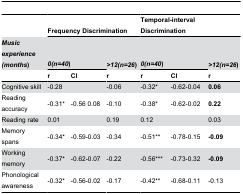
<table><thead><tr><td></td><td colspan="3"><b>Frequency Discrimination</b></td><td colspan="3"><b>Temporal-interval Discrimination</b></td></tr><tr><td><b><i>Music experience (months</i>)</b></td><td colspan="2"><b><i>0(n=40</i>)</b></td><td><b><i>&gt;12(n=26</i>)</b></td><td colspan="2"><b><i>0(n=40</i>)</b></td><td><b><i>&gt;12(n=26</i>)</b></td></tr><tr><td></td><td><b>r</b></td><td><b>CI</b></td><td><b>r</b></td><td><b>r</b></td><td><b>CI</b></td><td><b>r</b></td></tr></thead><tbody><tr><td>Cognitive skill</td><td>-0.28</td><td></td><td>-0.06</td><td>-0.32*</td><td>-0.62-0.04</td><td><b>0.06</b></td></tr><tr><td>Reading accuracy</td><td>-0.31*</td><td>-0.56 0.08</td><td>-0.10</td><td>-0.38*</td><td>-0.62-0.02</td><td><b>0.22</b></td></tr><tr><td>Reading rate</td><td>0.01</td><td></td><td>0.19</td><td>0.12</td><td></td><td>0.03</td></tr><tr><td>Memory spans</td><td>-0.34*</td><td>-0.59-0.03</td><td>-0.34</td><td>-0.51**</td><td>-0.78-0.15</td><td><b>-0.09</b></td></tr><tr><td>Working memory</td><td>-0.37*</td><td>-0.62-0.07</td><td>-0.22</td><td>-0.56***</td><td>-0.73-0.32</td><td><b>-0.09</b></td></tr><tr><td>Phonological awareness</td><td>-0.32*</td><td>-0.56-0.02</td><td>-0.17</td><td>-0.42**</td><td>-0.68-0.11</td><td>-0.13</td></tr></tbody></table>